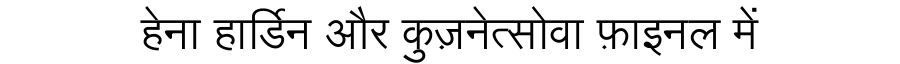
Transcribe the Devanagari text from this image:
हेना हार्डिन और कुज़नेत्सोवा फ़ाइनल में